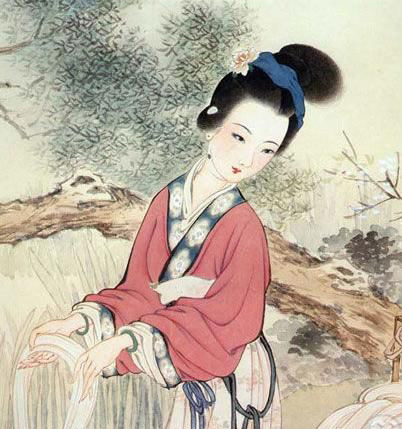
夫宠而不骄，骄而能降，降而不憾，憾而能珍者鲜矣。